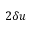
2 \delta \boldsymbol { u }